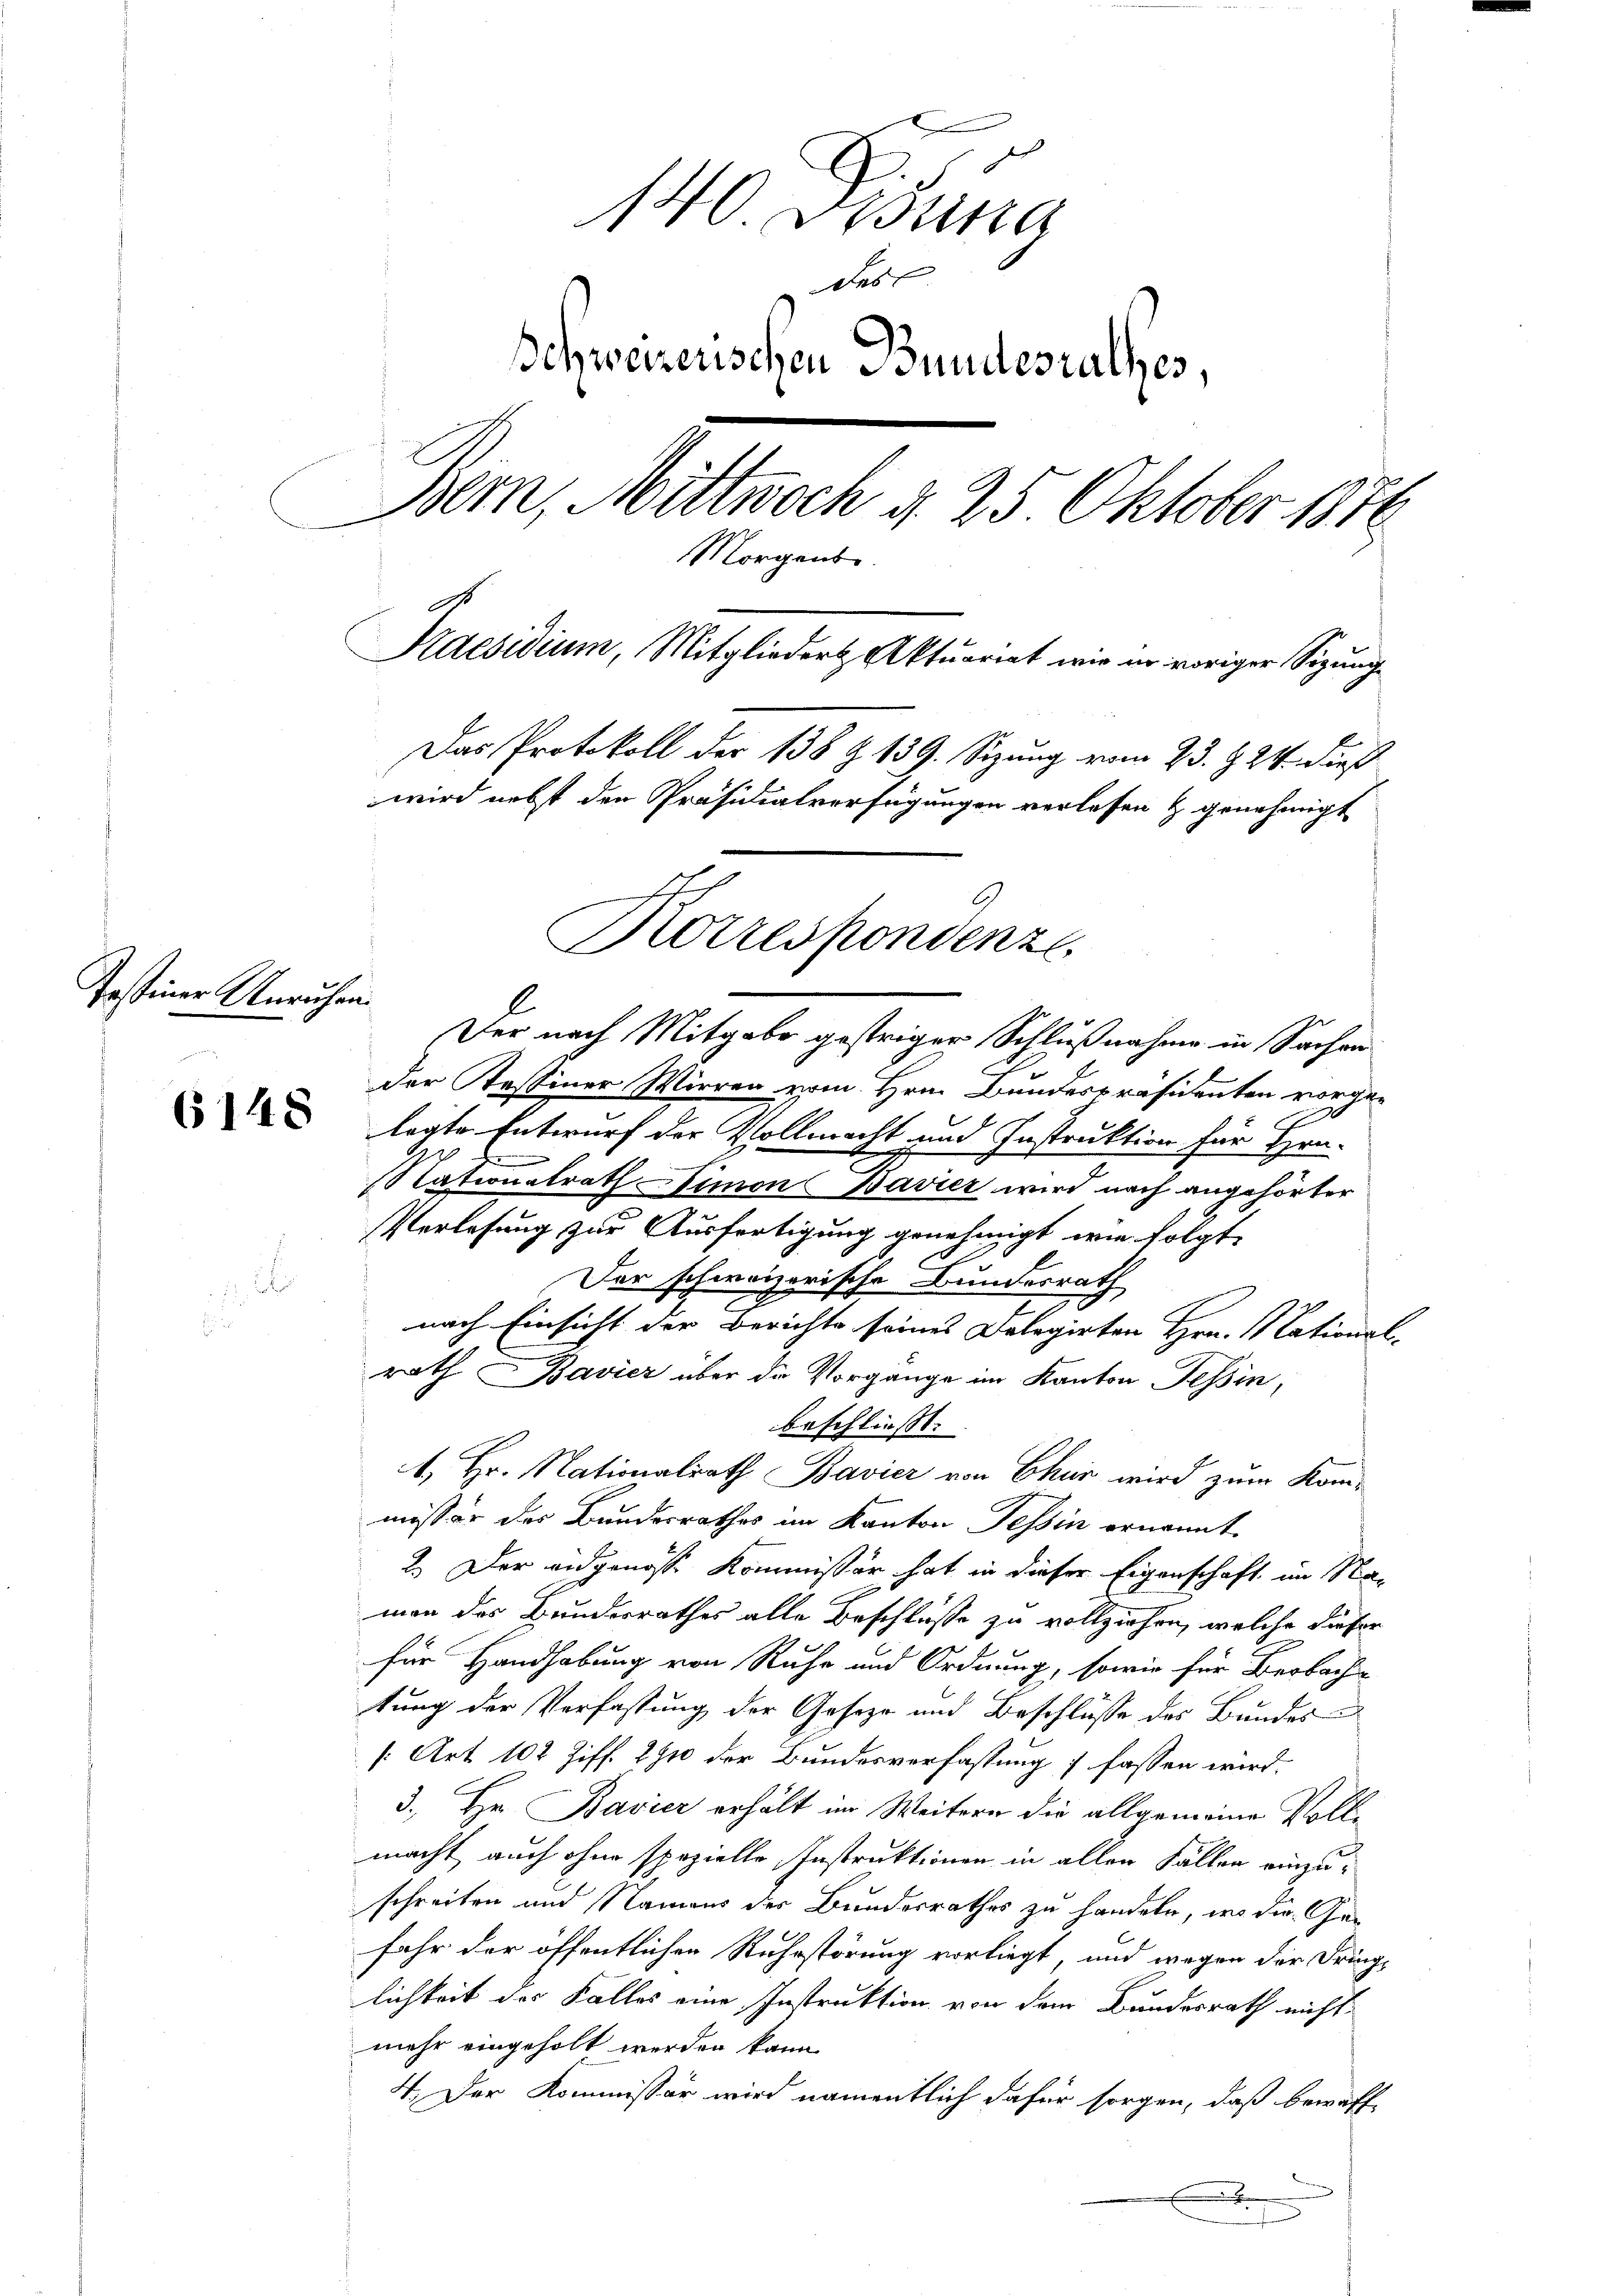
Testiner Unruhen.

6148

140. Bestina
des
Schweizerischen Bundesrathes,
Bern, Mittwoch d. 25. Oktober 1872
Morgens
.
Kaesidium, Mitglieder Aktuariat wir er voriger Sizung
Das Protokoll der 138 Z. 139. Sizung vom 23. § 24. dieß
wird nebst den Präsidialverfügungen verlesen & genehmigt

Der nach Mitgabe gestriger Schlußnahme in Sachen
der Tessiner Wirren vom Hrn. Bundespräsidenten vorge¬
C
lagte Entwurf der Vollmacht und Instruktion für Hrn.
Nationalrath Simon Bavier wird nach angehörter
Verlesung zur Ausfertigung genehmigt, wie folgt,
Der schweizerische Bundesrath
c
nach Einsicht der Berichte seines Delegirten Hrn. Nationsl
rath Bavier über die Vorgange im Kanton Tessin,
beschließt:
1. Hr. Nationalrath Bavier von Chur wird zum Kommissär der Bundesrathes im Kanton Tessin ernannt.
2. Der eidgenosse Kommissär hat in dieser Eigenschaft im Naman des Bundesrathes alle Beschlüsse zu vollziehen, welche dieser
für Handhabung von Ruhe und Ordnung, sowie für Beobach-
tung der Verfassung der Geseze und Beschlüsse des Bundes
[Art. 102 Ziff. 2910 der Bundesverfassung 7 fassen wird.
3. Hr. Bavier erhält im Weitern die allgemeine Vollmacht, auch ohne spezielle Instruktionen in allen Fällen einzuschreiben und Namens des Bundesrathes zu handeln, wo die Gefahr der öffentlichen Ruhestörung vorliegt, und wegen der Dring-
lichkeit des Falles eine Instruktion von dem Bundesrath nicht
mehr eingeholt werden kann
4. Der Kommissär wird namentlich dafür sorgen, daß bewaff
E

Korrespondenze